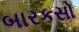
બારકસો